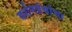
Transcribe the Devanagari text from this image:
दर्शनग्रंथांचा